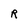
Character: R